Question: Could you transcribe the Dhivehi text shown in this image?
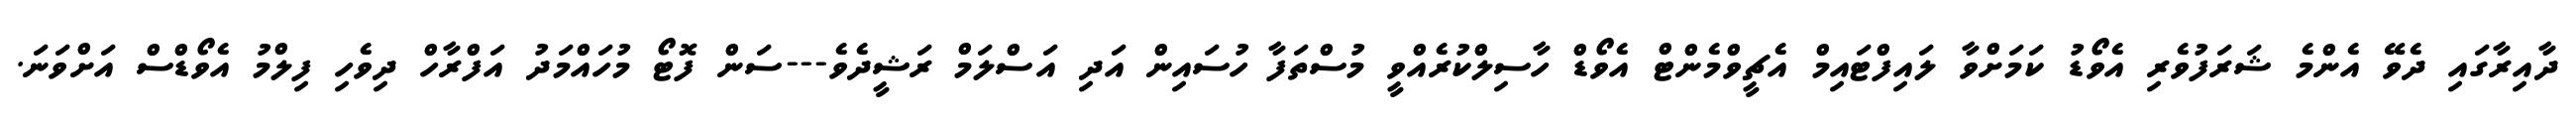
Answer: ދާއިރާގައި ދެވޭ އެންމެ ޝަރަފުވެރި އެވޯޑު ކަމަށްވާ ލައިފްޓައިމް އެޗީވްމެންޓް އެވޯޑް ހާސިލްކުރެއްވީ މުސްތަފާ ހުސައިން އަދި އަސްލަމް ރަޝީދެވެ---ސަން ފޮޓޯ މުހައްމަދު އަފްރާހް ދިވެހި ފިލްމު އެވޯޑްސް އަށްވަނަ.